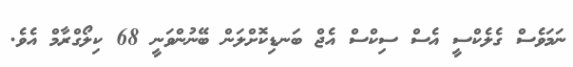
ނަމަވެސް ގެލެކްސީ އެސް ސިކްސް އެޖް ބަނޑިކޮށްލަން ބޭނުންވަނީ 68 ކިލޯގްރާމް އެވެ.